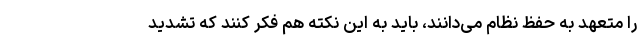
را متعهد به حفظ نظام می‌دانند، باید به این نکته هم فکر کنند که تشدید